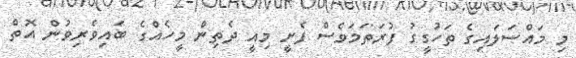
މި މައްސަލައިގެ ތަހުގީގު ފުރަތަމަވެސް ފެށީ މިއީ ދެތިން މީހެއްގެ ބައިވެރިވުން އޮތް